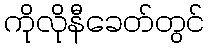
ကိုလိုနီခေတ်တွင်